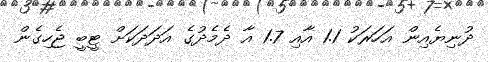
ދުނިޔެއިން އަހަރަކު 1.1 އާއި 1.7 އާ ދެމެދުގެ އަދަދަކަށް ޓީބީ ޖެހިގެން